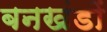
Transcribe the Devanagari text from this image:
बनखंडों